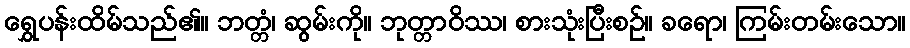
ရွှေပန်းထိမ်သည်၏။ ဘတ္တံ၊ ဆွမ်းကို။ ဘုတ္တာဝိဿ၊ စားသုံးပြီးစဉ်။ ခရော၊ ကြမ်းတမ်းသော။